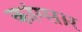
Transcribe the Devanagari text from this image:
कांग्सार